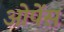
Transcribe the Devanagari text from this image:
ओपेंस